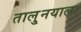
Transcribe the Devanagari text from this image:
तालु्नयाला